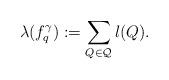
LaTeX: \begin{align*}\lambda(f_q^{\gamma}):=\sum_{Q\in\mathcal{Q}}l(Q).\end{align*}